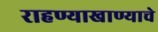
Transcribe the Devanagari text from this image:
राहण्याखाण्याचे